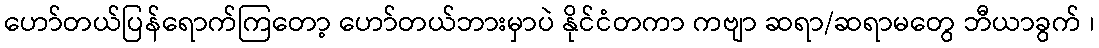
ဟော်တယ်ပြန်ရောက်ကြတော့ ဟော်တယ်ဘားမှာပဲ နိုင်ငံတကာ ကဗျာ ဆရာ/ဆရာမတွေ ဘီယာခွက် ၊